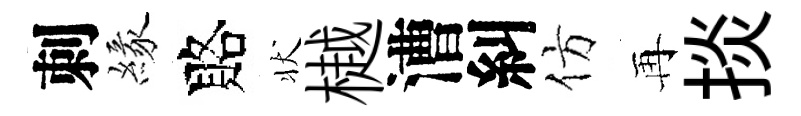
刺緣賂状樾漕糾仿再掞